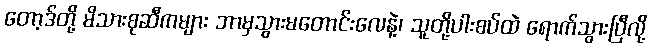
တော့ဒ်တို့ မိသားစုဆီကများ ဘာမှသွားမတောင်းလေနဲ့၊ သူတို့ပါးစပ်ထဲ ရောက်သွားပြီလို့